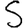
Digit: 5